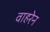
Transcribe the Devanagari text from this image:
वाहरेन